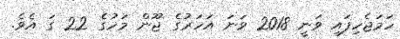
ހަމަޖެހިފައި ވަނީ 2018 ވަނަ އަހަރުގެ ޖޫން މަހުގެ 22 ގަ އެވެ.